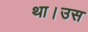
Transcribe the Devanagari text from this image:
था।उस